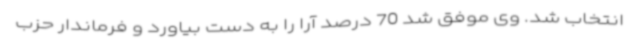
انتخاب شد. وی موفق شد 70 درصد آرا را به دست بیاورد و فرماندار حزب